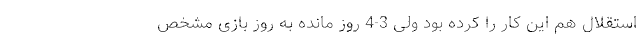
استقلال هم این کار را کرده بود ولی 3-4 روز مانده به روز بازی مشخص